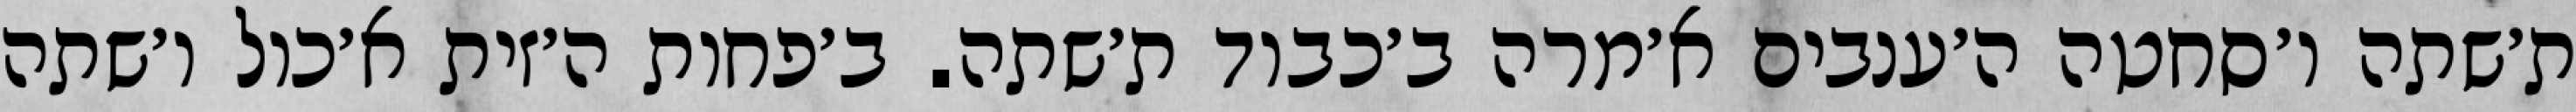
ת׳שתה ו׳סחטה ה׳ענבים א׳מרה ב׳כבוד ת׳שתה. ב׳פחות ה׳זית א׳כול ו׳שתה